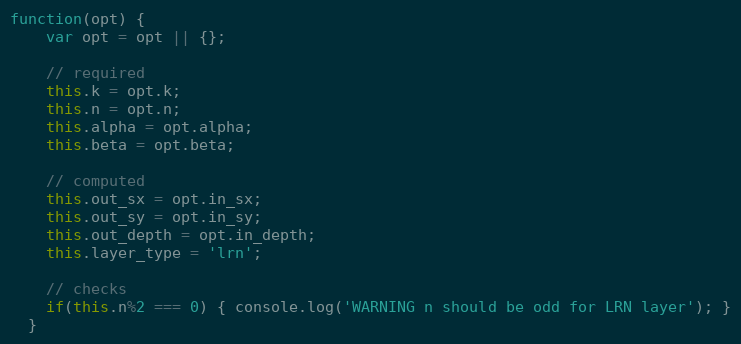
Language: JavaScript
function(opt) {
    var opt = opt || {};

    // required
    this.k = opt.k;
    this.n = opt.n;
    this.alpha = opt.alpha;
    this.beta = opt.beta;

    // computed
    this.out_sx = opt.in_sx;
    this.out_sy = opt.in_sy;
    this.out_depth = opt.in_depth;
    this.layer_type = 'lrn';

    // checks
    if(this.n%2 === 0) { console.log('WARNING n should be odd for LRN layer'); }
  }